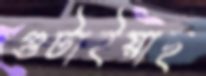
গুটাইয়াছ